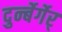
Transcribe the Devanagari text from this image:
दुर्न्बेर्गेर्